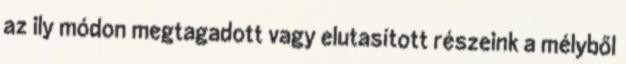
az ily módon megtagadott vagy elutasított részeink a mélyből